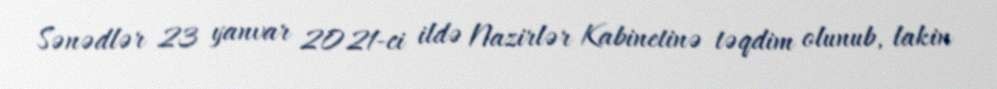
Sənədlər 23 yanvar 2021-ci ildə Nazirlər Kabinetinə təqdim olunub, lakin